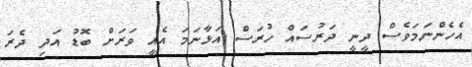
އެހެންނަމަވެސް ދީނީ ދަރުސައް ހުރަސް އަޅާނަމަ އެއީ ވަރަށް ބޮޑު އަދި ދެރަ